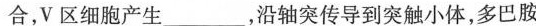
合，V区细胞产生___，沿轴突传导到突触小体，多巴胺